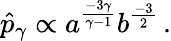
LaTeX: \hat{p}_{\gamma}\propto a^{\frac{-3\gamma}{\gamma-1}}b^{\frac{-3}{2}}\, .